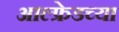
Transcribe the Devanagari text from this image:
आल्फ्रेडच्या